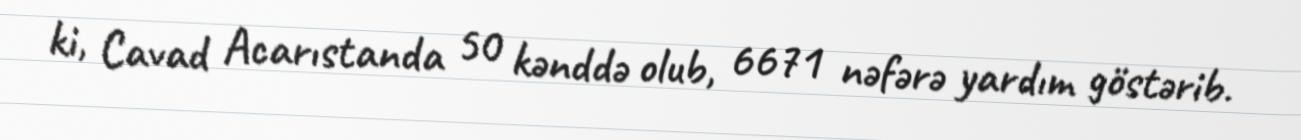
ki, Cavad Acarıstanda 50 kənddə olub, 6671 nəfərə yardım göstərib.